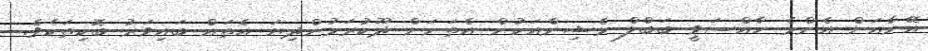
އޭނާއަށް އެންމެ ހާއްސަވީ ބަބްލް މެޝިންއަކުން އެތަނަށް ދޫކުރަމުންދިޔަ އެތައް ބައިވަރު ބޮކިތަކެވެ.